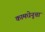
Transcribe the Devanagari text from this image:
कामधेनूचा